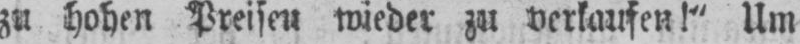
zu hohen Preisen wieder zu verkaufen!” Um